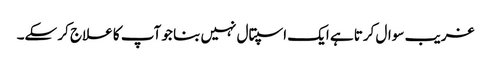
غریب سوال کرتا ہے ایک اسپتال نہیں بنا جو آپ کا علاج کر سکے۔